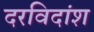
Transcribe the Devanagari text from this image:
दरविदांश